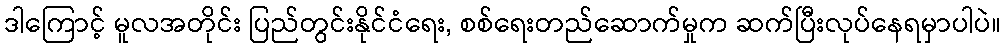
ဒါကြောင့် မူလအတိုင်း ပြည်တွင်းနိုင်ငံရေး, စစ်ရေးတည်ဆောက်မှုက ဆက်ပြီးလုပ်နေရမှာပါပဲ။